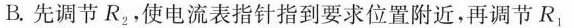
B. 先调节R_{2}，使电流表指针指到要求位置附近，再调节R_{1}